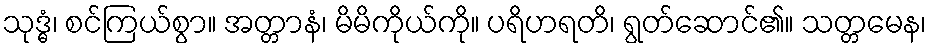
သုဒ္ဓံ၊ စင်ကြယ်စွာ။ အတ္တာနံ၊ မိမိကိုယ်ကို။ ပရိဟရတိ၊ ရွတ်ဆောင်၏။ သတ္တမေန၊